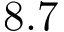
8 . 7